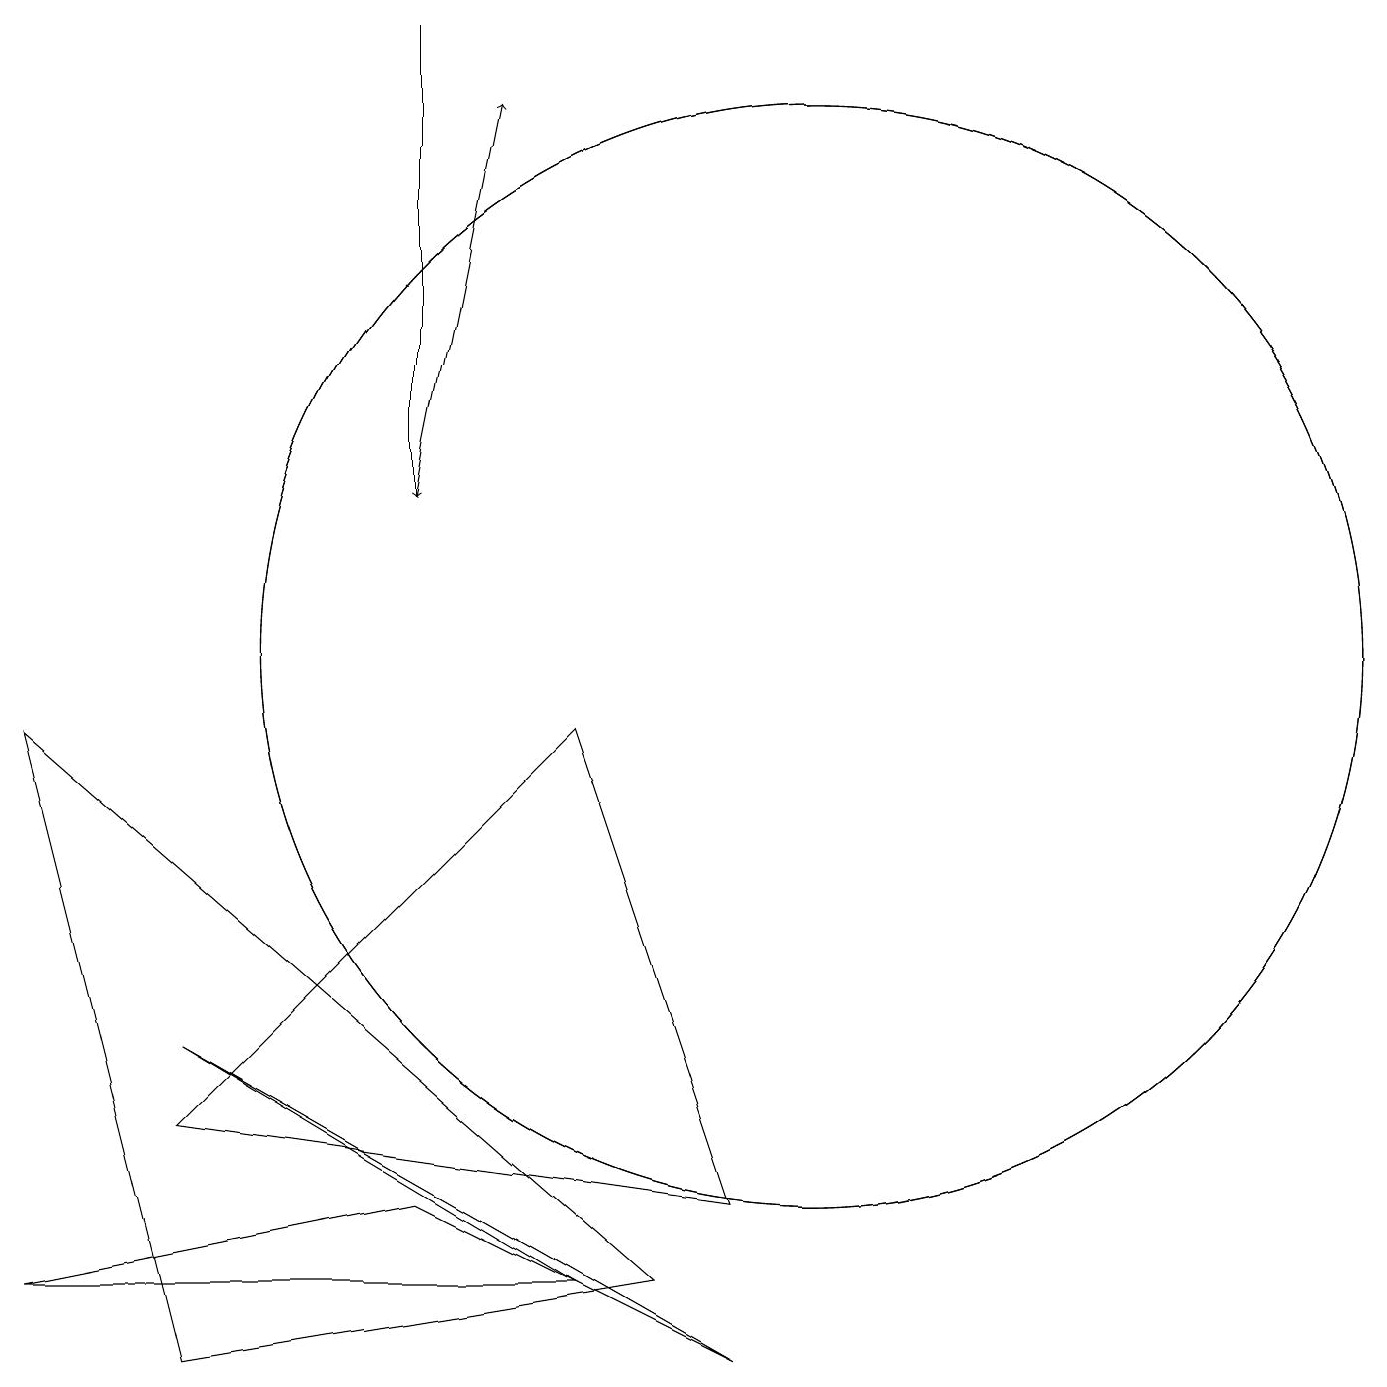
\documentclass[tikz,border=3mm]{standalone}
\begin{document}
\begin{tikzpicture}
\draw (10,10) circle (7);
\draw (0,9) -- (8,2) -- (2,1) -- cycle;
\draw (7,2) -- (5,3) -- (0,2) -- cycle;
\draw[->] (5,12) -- (6,17);
\draw[->] (5,18) -- (5,12);
\draw (10,10) circle (7);
\draw (9,3) -- (2,4) -- (7,9) -- cycle;
\draw (9,1) -- (7,2) -- (2,5) -- cycle;
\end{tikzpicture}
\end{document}